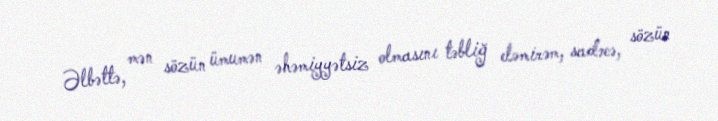
Əlbəttə, mən sözün ümumən əhəmiyyətsiz olmasını təbliğ eləmirəm, sadəcə, sözün